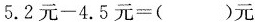
$$5 . 2 元 - 4 . 5 元 = ( ) 元$$